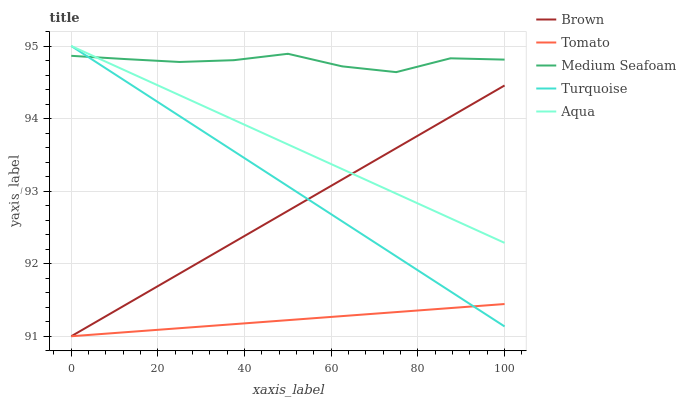
| xaxis_label | Brown | Tomato | Medium Seafoam | Turquoise | Aqua |
 | --- | --- | --- | --- | --- | --- |
 | 0 | 91 | 91 | 94.9 | 95 | 95 |
 | 12.5 | 91.4 | 91.1 | 94.8 | 94.5 | 94.7 |
 | 25 | 91.9 | 91.1 | 94.8 | 94 | 94.3 |
 | 37.5 | 92.3 | 91.2 | 94.8 | 93.6 | 94 |
 | 50 | 92.7 | 91.2 | 94.9 | 93.1 | 93.6 |
 | 62.5 | 93.2 | 91.3 | 94.7 | 92.6 | 93.3 |
 | 75 | 93.6 | 91.3 | 94.6 | 92.1 | 93 |
 | 87.5 | 94 | 91.4 | 94.8 | 91.6 | 92.6 |
 | 100 | 94.5 | 91.4 | 94.8 | 91.1 | 92.3 |